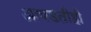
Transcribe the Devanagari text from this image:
आवडतीही